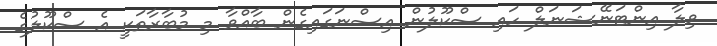
ވިލާ އިންޓަނޭޝަނަލް ހައި ސްކޫލުން އިސްނަގައިގެން ބާއްވާ މި މުބާރާތަކީ އެ ސްކޫލުގެ